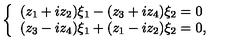
\left\{ \begin{array} { l } { ( z _ { 1 } + i z _ { 2 } ) \xi _ { 1 } - ( z _ { 3 } + i z _ { 4 } ) \xi _ { 2 } = 0 } \\ { ( z _ { 3 } - i z _ { 4 } ) \xi _ { 1 } + ( z _ { 1 } - i z _ { 2 } ) \xi _ { 2 } = 0 , } \\ \end{array} \right.